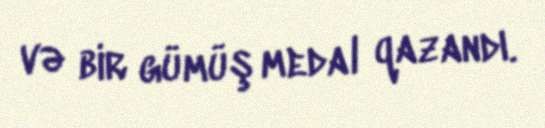
və bir gümüş medal qazandı.